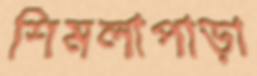
শিমলাপাড়া